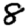
Digit: 8